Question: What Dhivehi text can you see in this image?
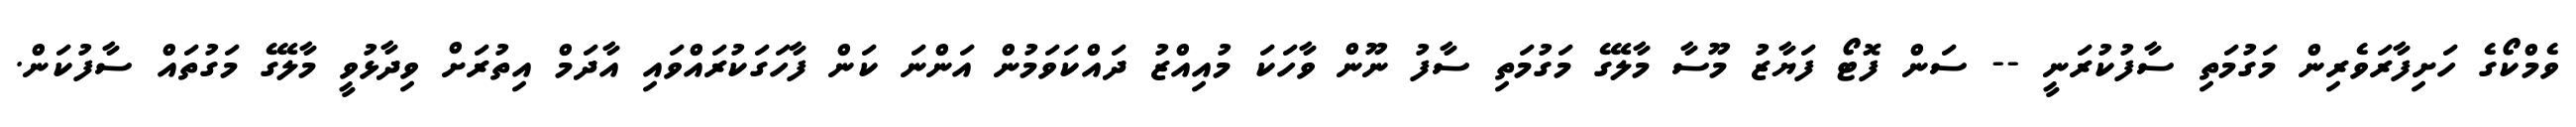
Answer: ވެމްކޯގެ ހަށިފާރަވެރިން މަގުމަތި ސާފުކުރަނީ -- ސަން ފޮޓޯ ފަޔާޒު މޫސާ މާލޭގެ މަގުމަތި ސާފު ނޫން ވާހަކަ މުއިއްޒު ދައްކަވަމުން އަންނަ ކަން ފާހަގަކުރައްވައި އާދަމް އިތުރަށް ވިދާޅުވީ މާލޭގެ މަގުތައް ސާފުކަން.